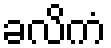
ခလိကံ